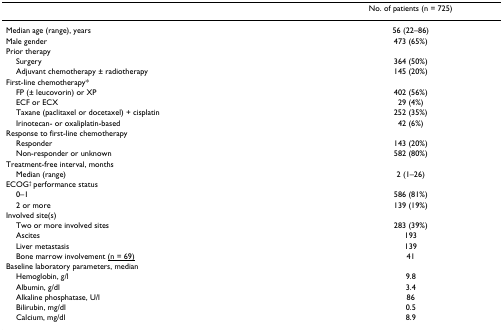
|  | No. of patients (n = 725) |
 | --- | --- |
 | Median age (range), years | 56 (22–86) |
 | Male gender | 473 (65%) |
 | Prior therapy |  |
 | Surgery | 364 (50%) |
 | Adjuvant chemotherapy ± radiotherapy | 145 (20%) |
 | First-line chemotherapy* |  |
 | FP (± leucovorin) or XP | 402 (56%) |
 | ECF or ECX | 29 (4%) |
 | Taxane (paclitaxel or docetaxel) + cisplatin | 252 (35%) |
 | Irinotecan- or oxaliplatin-based | 42 (6%) |
 | Response to first-line chemotherapy |  |
 | Responder | 143 (20%) |
 | Non-responder or unknown | 582 (80%) |
 | Treatment-free interval, months |  |
 | Median (range) | 2 (1–26) |
 | ECOG† performance status |  |
 | 0–1 | 586 (81%) |
 | 2 or more | 139 (19%) |
 | Involved site(s) |  |
 | Two or more involved sites | 283 (39%) |
 | Ascites | 193 |
 | Liver metastasis | 139 |
 | Bone marrow involvement <underline>(n = 69)</underline> | 41 |
 | Baseline laboratory parameters, median |  |
 | Hemoglobin, g/l | 9.8 |
 | Albumin, g/dl | 3.4 |
 | Alkaline phosphatase, U/l | 86 |
 | Bilirubin, mg/dl | 0.5 |
 | Calcium, mg/dl | 8.9 |